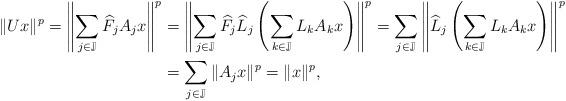
LaTeX: \begin{align*}\|Ux\|^p=\left\|\sum_{j\in \mathbb{J}}\widehat {F}_jA_jx\right\|^p&=\left\|\sum_{j\in \mathbb{J}}\widehat {F}_j\widehat {L}_j\left(\sum_{k\in \mathbb{J}} L_kA_kx\right)\right\|^p=\sum_{j\in \mathbb{J}}\left\| \widehat {L}_j\left(\sum_{k\in \mathbb{J}} L_kA_kx\right)\right\|^p\\&=\sum_{j\in \mathbb{J}}\|A_jx\|^p=\|x\|^p,\end{align*}